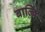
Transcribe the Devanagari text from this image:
बाल्कि